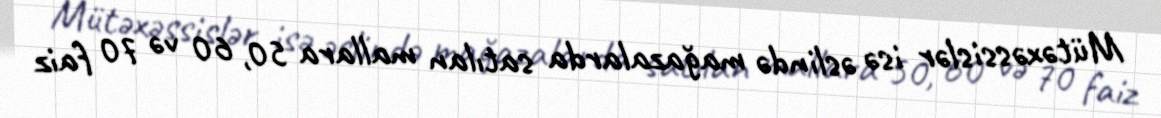
Mütəxəssislər isə əslində mağazalarda satılan mallara 50, 60 və 70 faiz